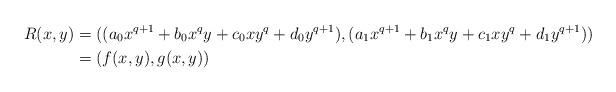
LaTeX: \begin{align*}R(x,y) &= ((a_0 x^{q+1} + b_0 x^qy + c_0 xy^q + d_0 y^{q+1}), (a_1 x^{q+1} + b_1 x^qy + c_1 xy^q + d_1 y^{q+1})) \\ &= (f(x,y),g(x,y))\end{align*}